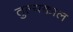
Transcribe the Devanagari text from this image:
तुल्यकाल